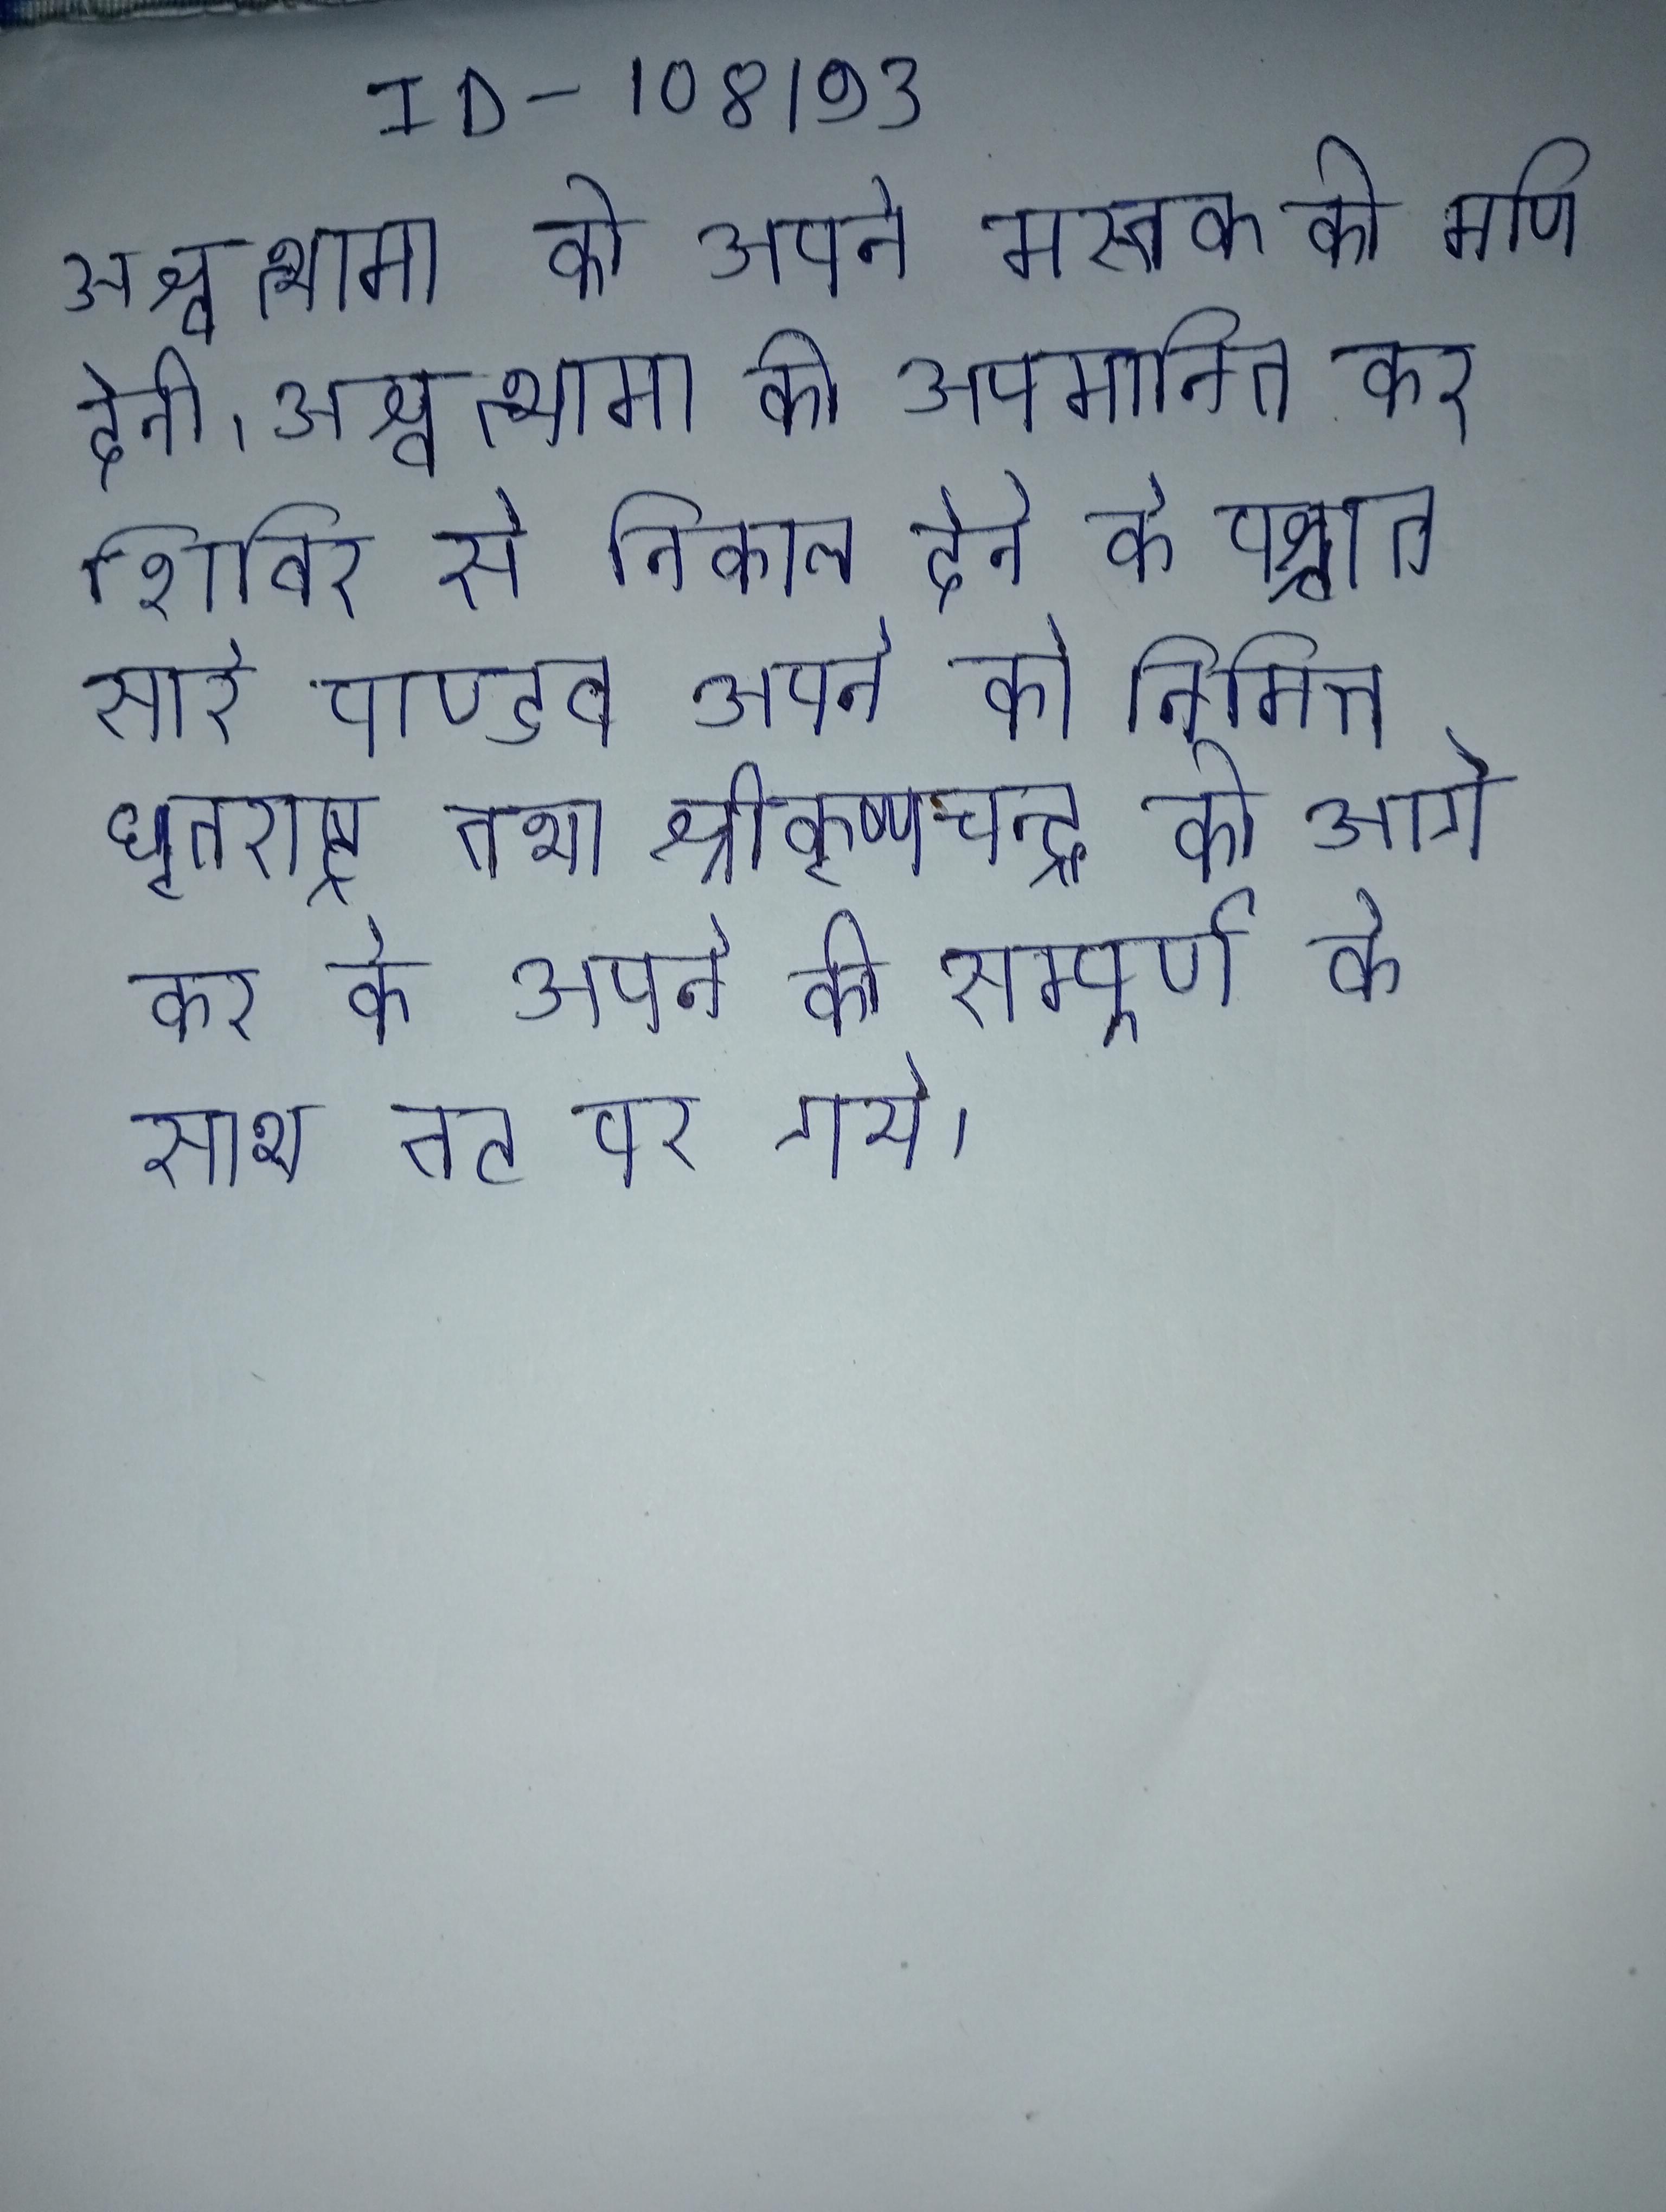
१९९५ कमलेश्वर को १९९५ की सरकार ने मनास की १००० जन्म का राष्ट्रोत्सव मनाया । १९९५ क्री साम्राज्य की राजधानी - हाला ग्रह पर, स्टारफाॅर्स की सदस्य वियर्स को भूलने की बीमारी है और उसे अक्सर एक वयस्क महिला से बुरे सपने आते ।